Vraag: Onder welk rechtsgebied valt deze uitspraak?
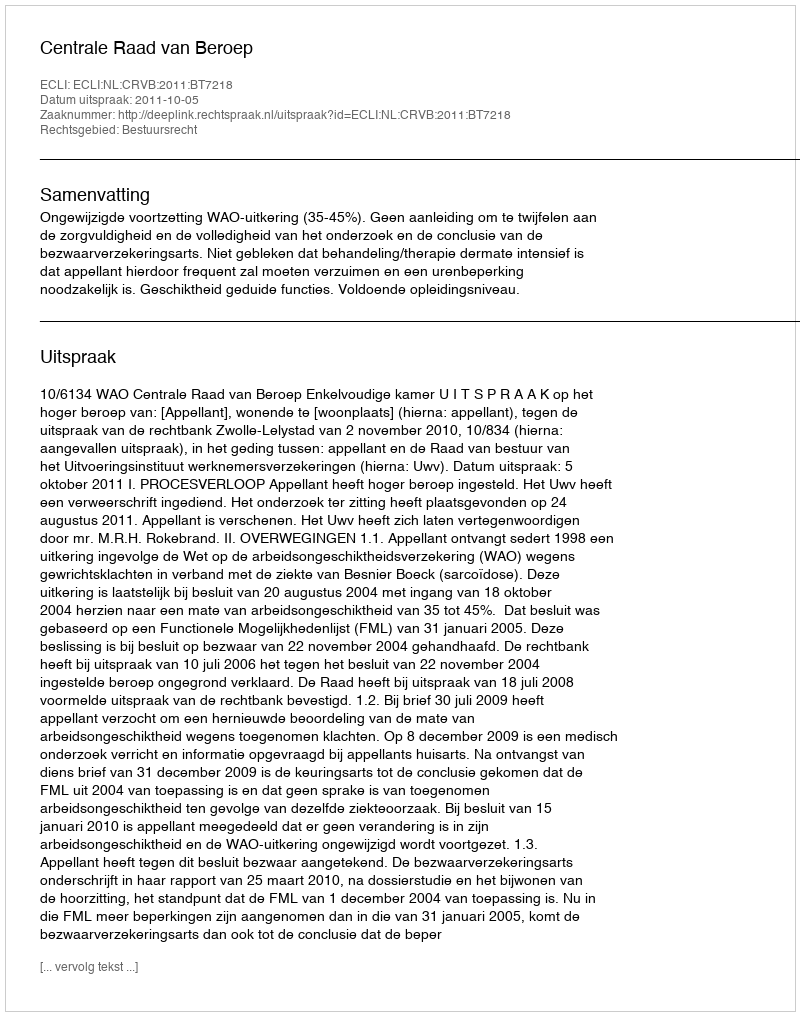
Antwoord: Bestuursrecht